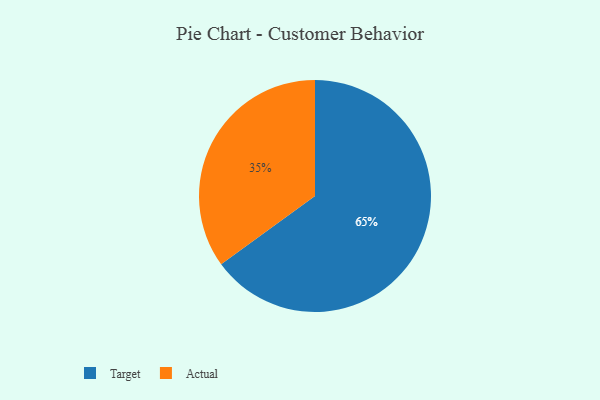
{"axis": {"x": "Category", "y": "Percentage"}, "legend": ["Actual", "Target"], "data": [{"x": "Target", "y": 65, "type": "Target"}, {"x": "Actual", "y": 35, "type": "Actual"}]}